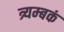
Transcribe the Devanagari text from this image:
त्र्यम्‍बकं